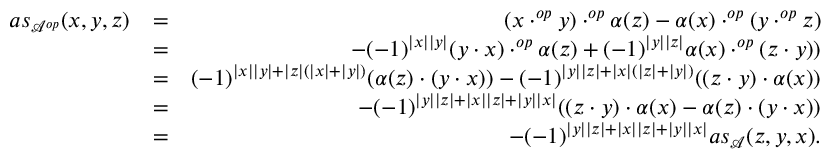
\begin{array} { r l r } { a s _ { \mathcal { A } ^ { o p } } ( x , y , z ) } & { = } & { ( x \cdot ^ { o p } y ) \cdot ^ { o p } \alpha ( z ) - \alpha ( x ) \cdot ^ { o p } ( y \cdot ^ { o p } z ) } \\ & { = } & { - ( - 1 ) ^ { | x | | y | } ( y \cdot x ) \cdot ^ { o p } \alpha ( z ) + ( - 1 ) ^ { | y | | z | } \alpha ( x ) \cdot ^ { o p } ( z \cdot y ) ) } \\ & { = } & { ( - 1 ) ^ { | x | | y | + | z | ( | x | + | y | ) } ( \alpha ( z ) \cdot ( y \cdot x ) ) - ( - 1 ) ^ { | y | | z | + | x | ( | z | + | y | ) } ( ( z \cdot y ) \cdot \alpha ( x ) ) } \\ & { = } & { - ( - 1 ) ^ { | y | | z | + | x | | z | + | y | | x | } ( ( z \cdot y ) \cdot \alpha ( x ) - \alpha ( z ) \cdot ( y \cdot x ) ) } \\ & { = } & { - ( - 1 ) ^ { | y | | z | + | x | | z | + | y | | x | } a s _ { \mathcal { A } } ( z , y , x ) . } \end{array}